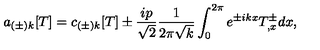
a _ { ( \pm ) k } [ T ] = c _ { ( \pm ) k } [ T ] \pm { \frac { i p } { \sqrt { 2 } } } { \frac { 1 } { 2 \pi \sqrt { k } } } \int _ { 0 } ^ { 2 \pi } e ^ { \pm i k x } T _ { , x } ^ { \pm } d x ,